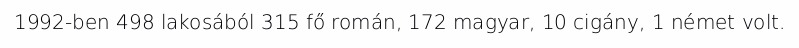
1992-ben 498 lakosából 315 fő román, 172 magyar, 10 cigány, 1 német volt.